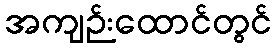
အကျဉ်းထောင်တွင်